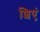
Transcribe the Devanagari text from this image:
शिएं